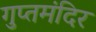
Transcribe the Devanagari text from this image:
गुप्तमंदिर